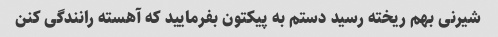
شیرنی بهم ریخته رسید دستم به پیکتون بفرمایید که آهسته رانندگی کنن